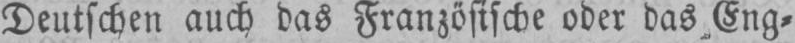
Deutschen auch das Französische oder das Eng⸗